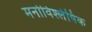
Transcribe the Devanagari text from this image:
मनोविश्लेषिक